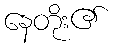
နေတိုး၏